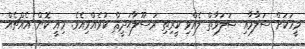
މީހަކަށް ސަލާމާއި ޞަލަވާތް ލެއްވި ކީރިތި ރަސޫލާޙަދީޘް ކުރެއްވިއެވެ. މިއީ ކޮން އެއްޗެއް